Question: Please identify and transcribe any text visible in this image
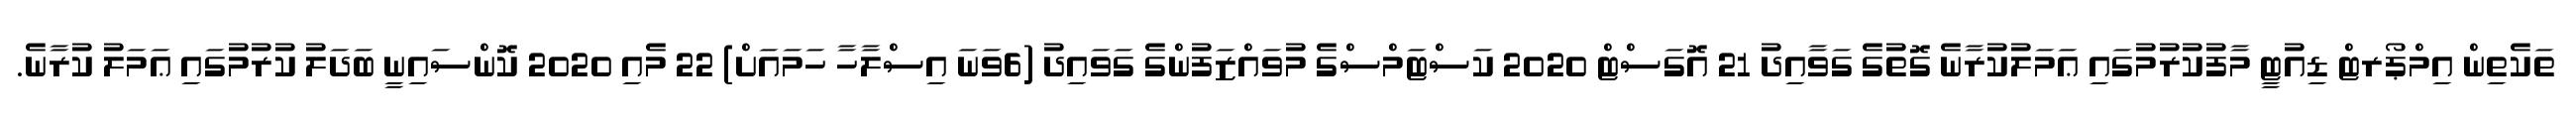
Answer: ތަކެތިން އިމްޕޯރޓް ޑިއުޓީ މާފުކުރުމުގައި ޢަމަލުކުރާނެ ގޮތުގެ ގަވާއިދު 21 އޮގަސްޓް 2020 ކަސްޓަމްސްގެ މުވައްޒަފުންގެ ގަވައިދު (6ވަނަ އިސްލާހާ ހަމައަށް) 22 މެއި 2020 ކޮންސައިނީ ބަދަލު ކުރުމުގައި ޢަމަލު ކުރާނެ.